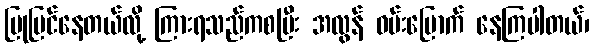
ပြုပြင်နေတယ်လို့ ကြားရသည်ကစပြီး အလွန် ဝမ်းမြောက် နေကြပါတယ်၊